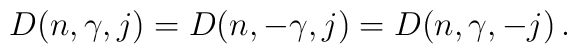
D(n,\gamma,j)=D(n,-\gamma,j)=D(n,\gamma,-j)\,.